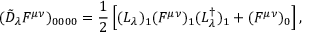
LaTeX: ( \tilde { D } _ { \lambda } { \cal F } ^ { \mu \nu } ) _ { 0 0 0 0 } = { \frac { 1 } { 2 } } \left[ ( L _ { \lambda } ) _ { 1 } ( { \cal F } ^ { \mu \nu } ) _ { 1 } ( L _ { \lambda } ^ { \dagger } ) _ { 1 } + ( { \cal F } ^ { \mu \nu } ) _ { 0 } \right] ,